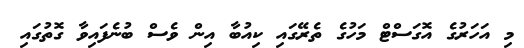
މި އަހަރުގެ އޮގަސްޓް މަހުގެ ތެރޭގައި ކިއުބާ އިން ވެސް ބުނެފައިވާ ގޮތުގައި